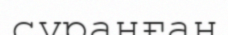
сұранған